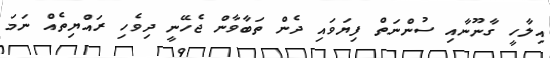
އިލާހީ ގާނޫނާއި ސުންނަތް ފިޔަވައި ދެން ތަބާވާން ޖެހޭނީ ދިވެހި ރައްޔިތެއް ނަމަ